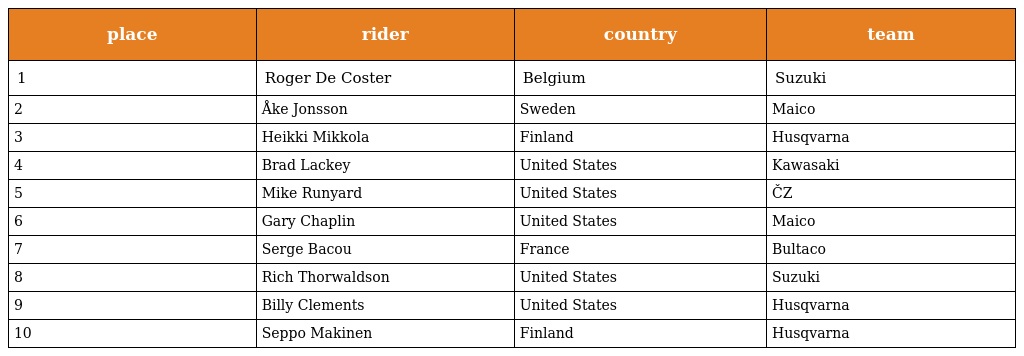
| place | rider | country | team |
 | --- | --- | --- | --- |
 | 1 | Roger De Coster | Belgium | Suzuki |
 | 2 | Åke Jonsson | Sweden | Maico |
 | 3 | Heikki Mikkola | Finland | Husqvarna |
 | 4 | Brad Lackey | United States | Kawasaki |
 | 5 | Mike Runyard | United States | ČZ |
 | 6 | Gary Chaplin | United States | Maico |
 | 7 | Serge Bacou | France | Bultaco |
 | 8 | Rich Thorwaldson | United States | Suzuki |
 | 9 | Billy Clements | United States | Husqvarna |
 | 10 | Seppo Makinen | Finland | Husqvarna |